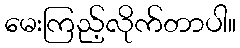
မေးကြည့်လိုက်တာပါ။